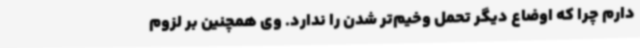
دارم چرا که اوضاع دیگر تحمل وخیم‌تر شدن را ندارد. وی همچنین بر لزوم